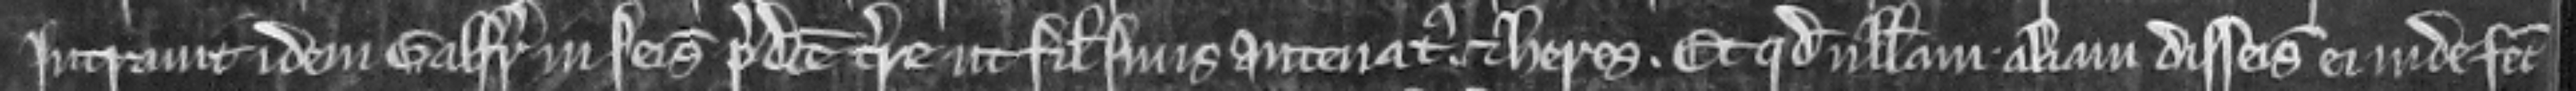
intravit idem Galfridus in seisina predicte terre ut filius suus antenatus et heres. Et quod nullam aliam disseisinam ei inde fecit